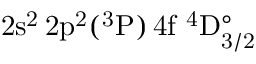
\mathrm { 2 s ^ { 2 } \, 2 p ^ { 2 } ( ^ { 3 } P ) \, 4 f ~ ^ { 4 } D _ { 3 / 2 } ^ { \circ } }